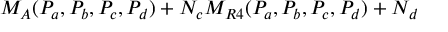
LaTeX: M _ { A } ( P _ { a } , P _ { b } , P _ { c } , P _ { d } ) + N _ { c } M _ { R 4 } ( P _ { a } , P _ { b } , P _ { c } , P _ { d } ) + N _ { d }